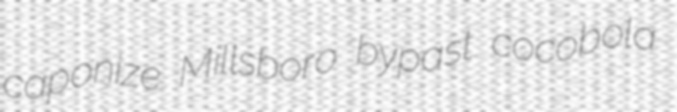
caponize Millsboro bypast cocobola